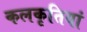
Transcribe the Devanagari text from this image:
कलकृतियां